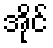
အိုင်